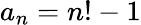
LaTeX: a_{n}=n!-1